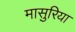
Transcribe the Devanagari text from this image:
मासुरिया